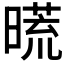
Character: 𣊀